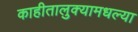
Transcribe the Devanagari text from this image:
काहीतालुक्यामधल्या